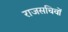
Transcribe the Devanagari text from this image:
राजसचिवों